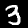
Digit: 3